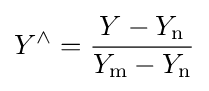
Y^{\wedge }={\frac {Y-Y_{\rm {n}}}{Y_{\rm {m}}-Y_{\rm {n}}}}